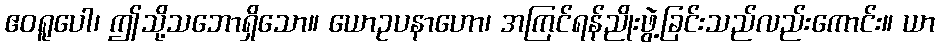
ဧဝရူပေါ၊ ဤသို့သဘောရှိသော။ ယောဥပနာဟော၊ အကြင်ရန်ညိုးဖွဲ့ခြင်းသည်လည်းကောင်း။ ယာ